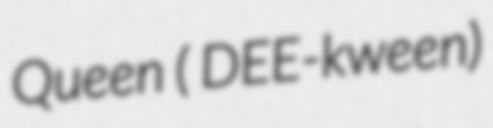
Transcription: Queen ( DEE-kween)